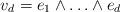
LaTeX: \begin{align*}v_d=e_1\wedge\ldots\wedge e_d\end{align*}